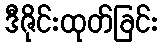
ဒီဇိုင်းထုတ်ခြင်း